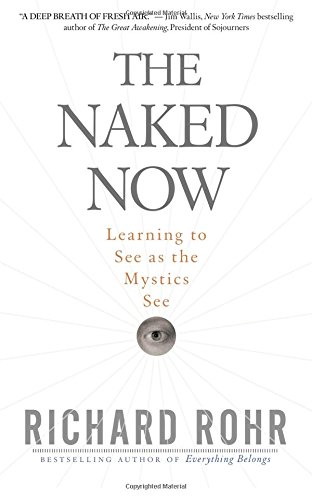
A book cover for The Naked Now: Learning to See as the Mystics See; Richard Rohr; Christian Books & Bibles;